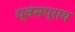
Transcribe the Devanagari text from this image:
ध्वंसप्राय